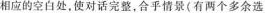
相应的空白处,使对话完整,合乎情景(有两个多余选